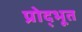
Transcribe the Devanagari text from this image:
प्रोद्भूत